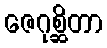
ဇေဂုစ္ဆိတာ